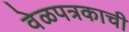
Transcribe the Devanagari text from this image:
वेळपत्रकाची